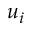
u _ { i }